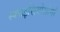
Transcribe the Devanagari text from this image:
स्प्लाइसियोसोमों